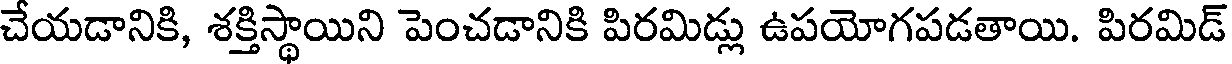
చేయడానికి, శక్తిస్థాయిని పెంచడానికి పిరమిడ్లు ఉపయోగపడతాయి. పిరమిడ్